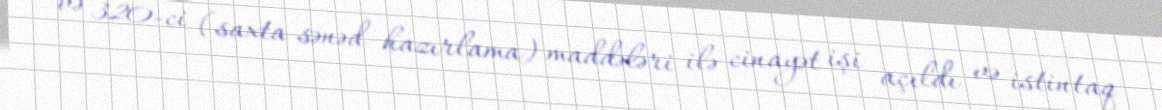
və 320-ci (saxta sənəd hazırlama) maddələri ilə cinayət işi açıldı və istintaq